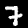
Digit: 7